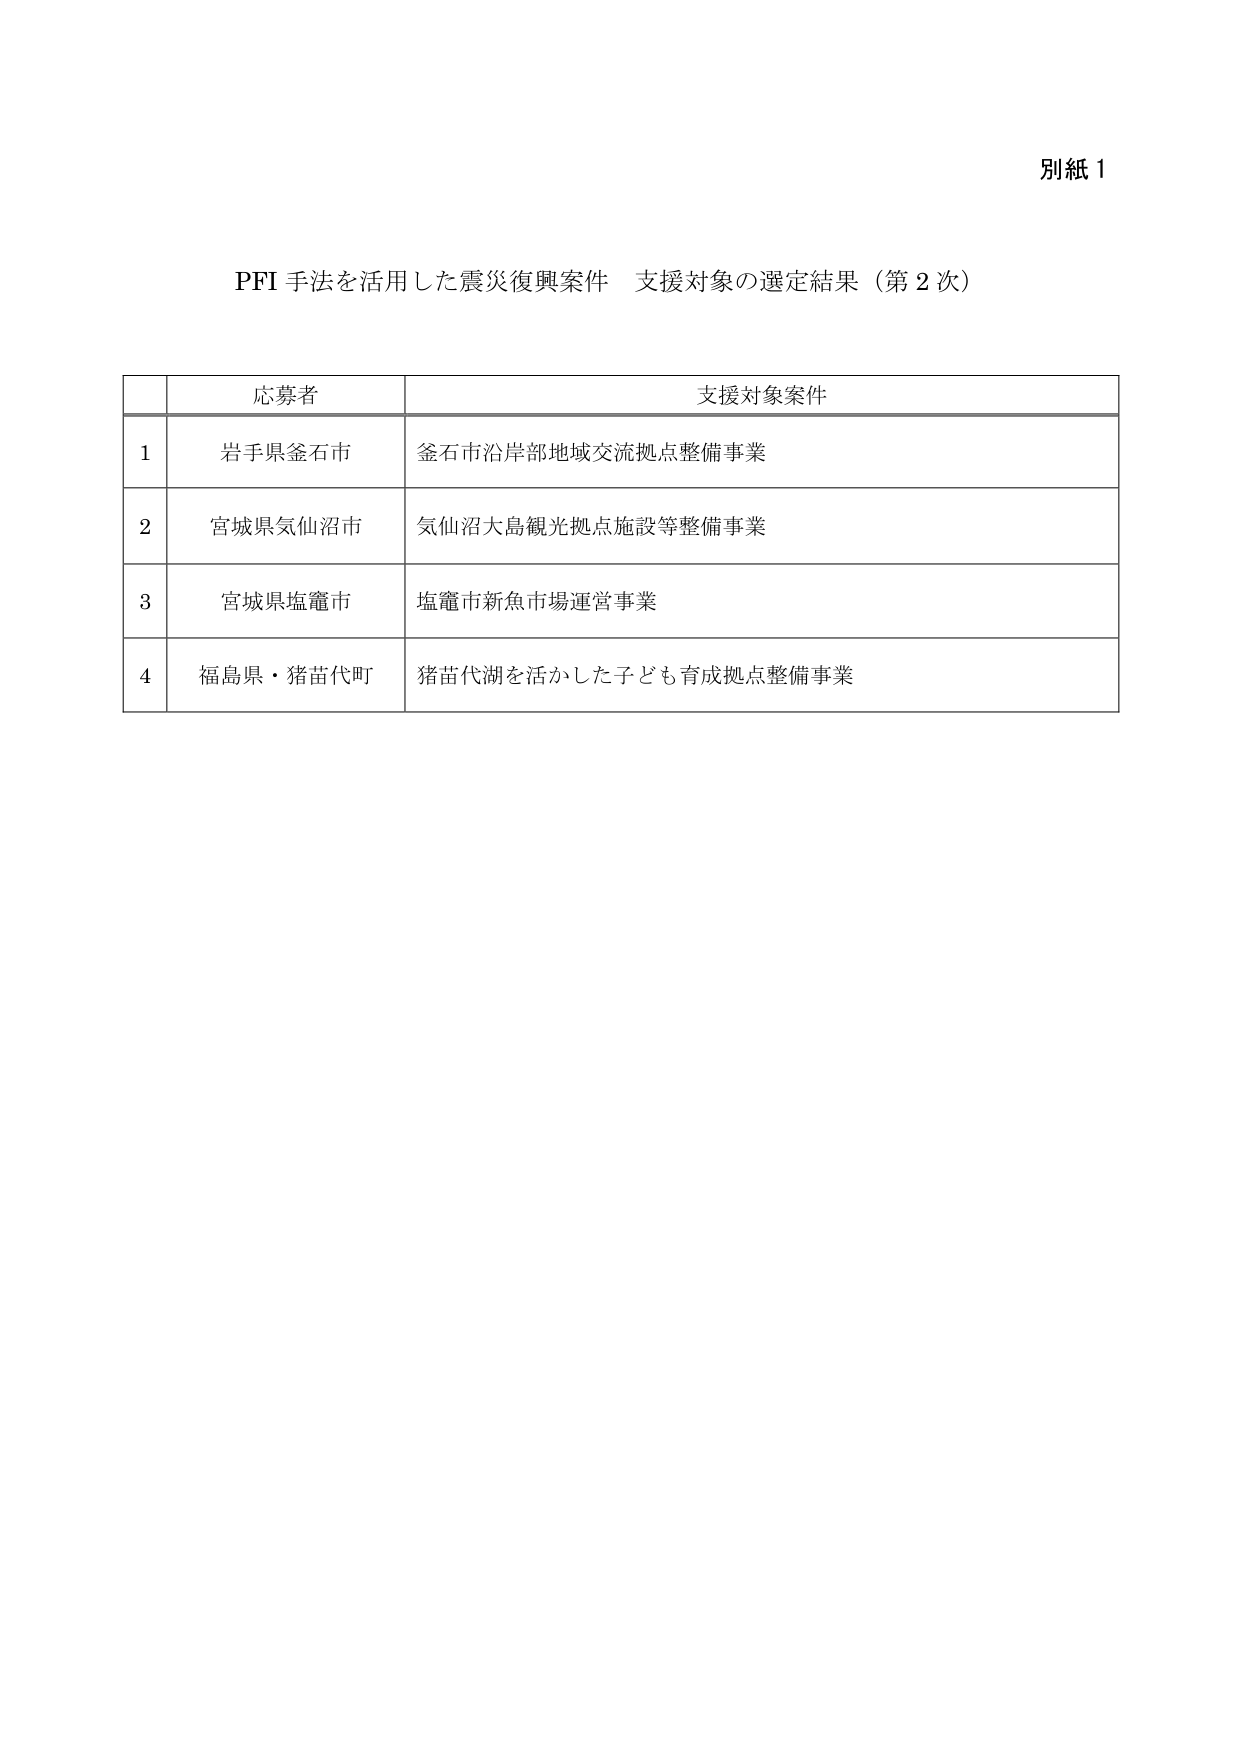
別紙 1

PFI 手法を活用した震災復興案件 支援対象の選定結果（第 2 次）

応募者 支援対象案件
1 岩手県釜石市 釜石市沿岸部地域交流拠点整備事業
2 宮城県気仙沼市 気仙沼大島観光拠点施設等整備事業
3 宮城県塩竈市 塩竈市新魚市場運営事業
4 福島県・猪苗代町 猪苗代湖を活かした子ども育成拠点整備事業